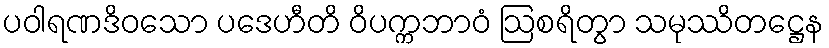
ပဝါရဏဒိဝသော ပဒေဟီတိ ဝိပက္ကဘာဝံ ဩစရိတွာ သမုဿိတဋ္ဌေန